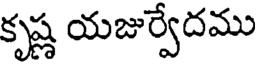
కృష్ణ యజుర్వేదము